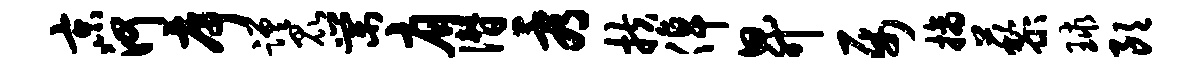
京河序蹉昆棠肩僭看扶倬升属摘藜球朗